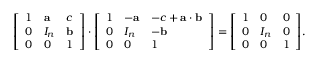
{ \left[ \begin{array} { l l l } { 1 } & { \mathbf { a } } & { c } \\ { 0 } & { I _ { n } } & { \mathbf { b } } \\ { 0 } & { 0 } & { 1 } \end{array} \right] } \cdot { \left[ \begin{array} { l l l } { 1 } & { - \mathbf { a } } & { - c + \mathbf { a } \cdot \mathbf { b } } \\ { 0 } & { I _ { n } } & { - \mathbf { b } } \\ { 0 } & { 0 } & { 1 } \end{array} \right] } = { \left[ \begin{array} { l l l } { 1 } & { 0 } & { 0 } \\ { 0 } & { I _ { n } } & { 0 } \\ { 0 } & { 0 } & { 1 } \end{array} \right] } .